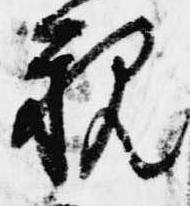
親